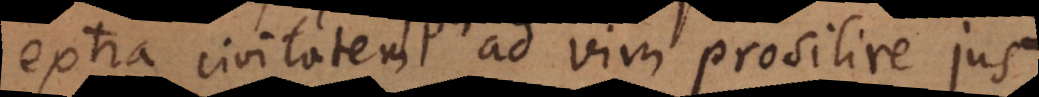
extra civitatem ad vim prosilire jus